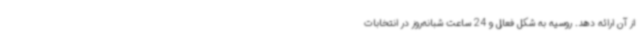
از آن ارائه دهد. روسیه به شکل فعال و 24 ساعت شبانه‌روز در انتخابات